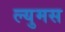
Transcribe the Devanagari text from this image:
ल्युमस